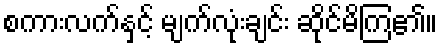
စကားလက်နှင့် မျက်လုံးချင်း ဆိုင်မိကြ၏။